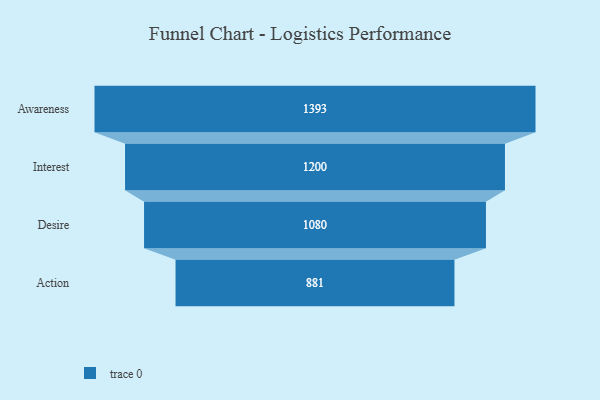
{"axis": {"x": "Stage", "y": "Value"}, "legend": [""], "data": [{"x": "Awareness", "y": 1393.0, "type": ""}, {"x": "Interest", "y": 1200.0, "type": ""}, {"x": "Desire", "y": 1080.0, "type": ""}, {"x": "Action", "y": 881.0, "type": ""}]}